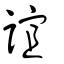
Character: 誼